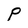
Character: P